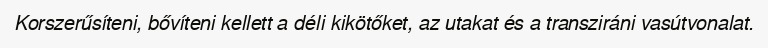
Korszerűsíteni, bővíteni kellett a déli kikötőket, az utakat és a transziráni vasútvonalat.